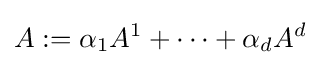
A:=\alpha _{1}A^{1}+\cdots +\alpha _{d}A^{d}